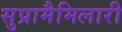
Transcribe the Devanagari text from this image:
सुप्रामैमिलारी